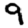
Digit: 9